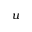
u